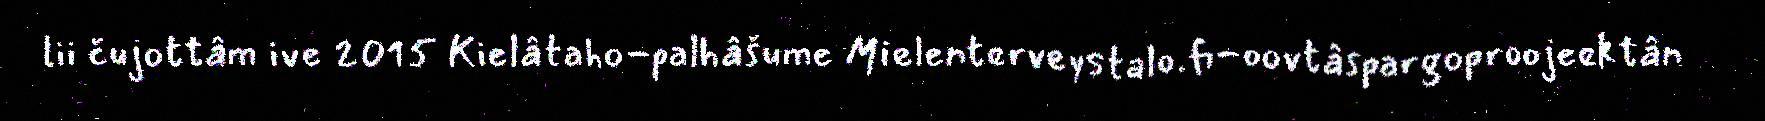
lii čujottâm ive 2015 Kielâtaho-palhâšume Mielenterveystalo.fi-oovtâspargoproojeektân